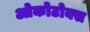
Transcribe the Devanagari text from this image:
ओकोटोक्स